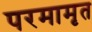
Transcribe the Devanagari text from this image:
परमामृत